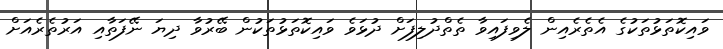
ވައިކޮތަޅުތަކުގެ އެތެރެއިން ލެވިފައިވާ ތެތްދުލިފަށް ދުޅަވެ ވައިކޮތަޅުތަކުން ބޭރުވާ ދިޔަ ނޭފަތާއި އަރުތެރެއަށް